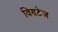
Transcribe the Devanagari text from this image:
विण्टेज